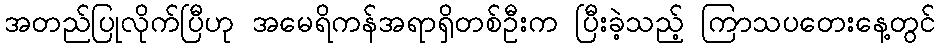
အတည်ပြုလိုက်ပြီဟု အမေရိကန်အရာရှိတစ်ဦးက ပြီးခဲ့သည့် ကြာသပတေးနေ့တွင်